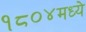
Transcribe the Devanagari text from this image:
१८०४मध्ये